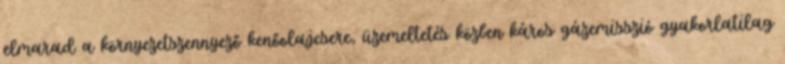
elmarad a környezetszennyező kenőolajcsere, üzemeltetés közben káros gázemisszió gyakorlatilag